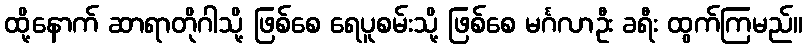
ထို့နောက် ဆာရာတိုဂါသို့ ဖြစ်စေ ရေပူစမ်းသို့ ဖြစ်စေ မင်္ဂလာဦး ခရီး ထွက်ကြမည်။